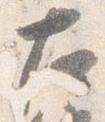
左